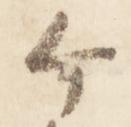
ヶ